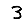
Digit: 3